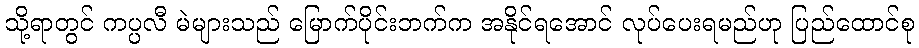
သို့ရာတွင် ကပ္ပလီ မဲများသည် မြောက်ပိုင်းဘက်က အနိုင်ရအောင် လုပ်ပေးရမည်ဟု ပြည်ထောင်စု